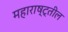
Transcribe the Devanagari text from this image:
महाराष्ट्तील